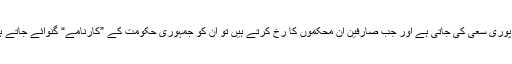
اس کے علاوہ اب ان حضرات کی مہربانیوں سے عوام کو تنگ کرنے کی پوری سعی کی جاتی ہے اور جب صارفین ان محکموں کا رُخ کرتے ہیں تو ان کو جمہوری حکومت کے ”کارنامے“ گنوائے جاتے ہیں اور کہا جاتا ہے کہ ان (عوام نمائندوں) سے پوچھو، ان سے جا کر کہو۔